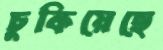
চুকিয়েছে